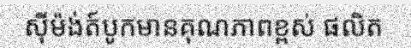
ស៊ីម៉ង់ត៍បូកមានគុណភាពខ្ពស់ ផលិត